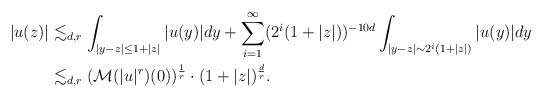
LaTeX: \begin{align*}|u(z)| & \lesssim_{d,r} \int_{|y-z|\le 1+|z|} |u(y)| dy + \sum_{i=1}^{\infty}(2^i(1+|z|))^{-10d} \int_{|y-z| \sim 2^{i} (1+|z|)} |u(y) | dy \\& \lesssim_{d,r} (\mathcal M(|u|^r)(0) )^{\frac 1 r} \cdot (1+|z|)^{\frac dr}.\end{align*}